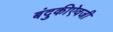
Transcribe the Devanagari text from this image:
बंदुकीऐवजी